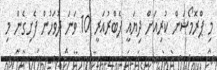
މި ޕްރޮމޯޝަން ކުރިއަށް ދިޔައީ ފެބްރުއަރީ 10 ވަނަ ދުވަހުން ފެށިގެން މި